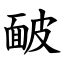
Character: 䩅